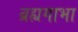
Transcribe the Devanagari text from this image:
ब्रह्यगाभा